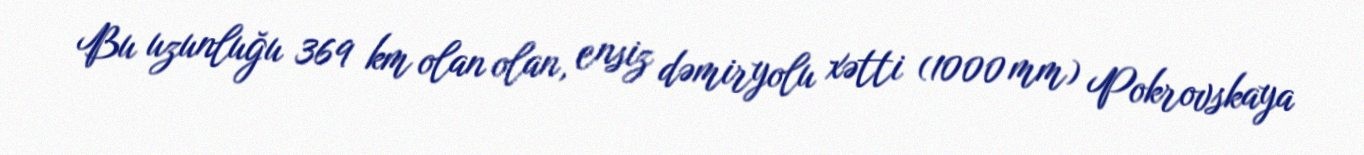
Bu uzunluğu 369 km olan olan, ensiz dəmiryolu xətti (1000 mm) Pokrovskaya